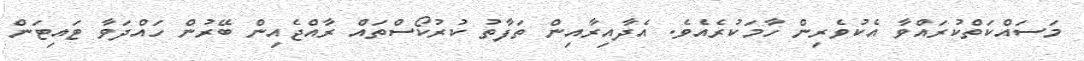
މަސައްކަތްކުރައްވާ އެކުވެރިން ހާމަކުރެއެވެ. އެދާއިރާއިން ތަފާތު ކުރުކޯސްތައް ރާއްޖެއިން ބޭރުން ހައްދަވާ ޓައިޓަން